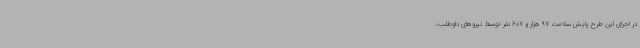
در اجرای این طرح پایش سلامت 97 هزار و 607 نفر توسط نیروهای داوطلب،